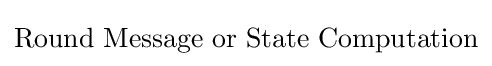
{\text{Round                      Message or State Computation}}